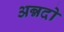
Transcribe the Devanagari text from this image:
अन्नदो